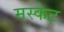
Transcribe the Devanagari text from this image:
मस्केट